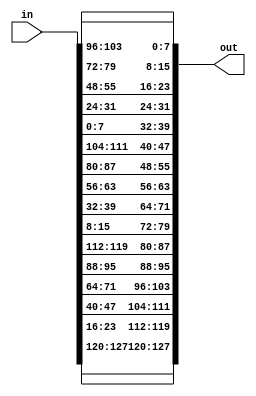

module inv_shift_rows(
input[127:0] in,
output [127:0] out
);

assign out = {in[127:120] , in[23:16] , in[47:40] , in[71:64] , in[95:88] ,in[119:112] , in[15:8] , in[39:32] , in[63:56] , in[87:80] , in[111:104] , in[7:0] , in[31:24] , in[55:48] , in[79:72] , in[103:96]};



endmodule